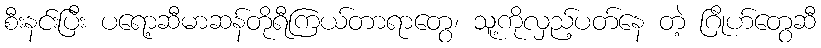
စီးနင်းပြီး ပရော့ဆီမာဆန်တိုရီကြယ်တာရာတွေ၊ သူ့ကိုလှည့်ပတ်နေ တဲ့ ဂြိုဟ်တွေဆီ